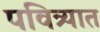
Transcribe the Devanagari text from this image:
पवित्र्यात